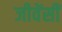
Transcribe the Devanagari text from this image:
जीवेंसीं